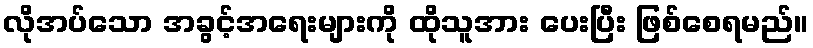
လိုအပ်သော အခွင့်အရေးများကို ထိုသူအား ပေးပြီး ဖြစ်စေရမည်။